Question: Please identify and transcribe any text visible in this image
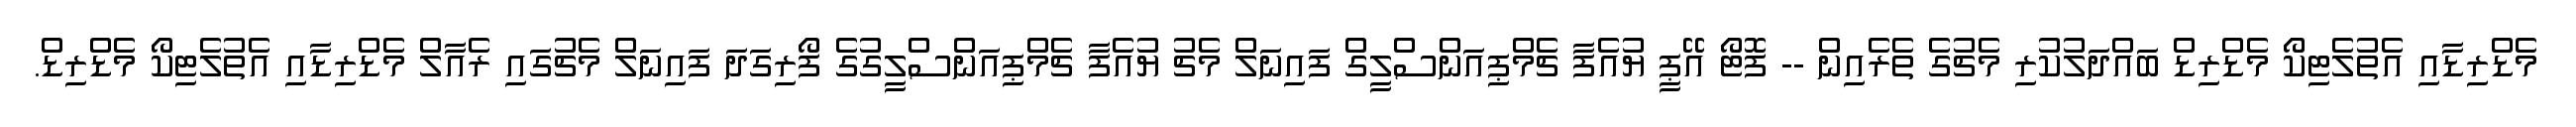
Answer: މެޑްރިޑާއި އެތުލެޓިކޯ މެޑްރިޑް ބައްދަލުކުރި މެޗުގެ ތެރެއިން -- ފޮޓޯ އޭޕީ ޔުއެފާ ޗެމްޕިއަންސްލީގް ފައިނަލް މެޗު ޔުއެފާ ޗެމްޕިއަންސްލީގުގެ ފޯރިގަދަ ފައިނަލް މެޗުގައި ރެއާލް މެޑްރިޑާއި އެތުލެޓިކޯ މެޑްރިޑް.